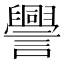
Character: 𧭒